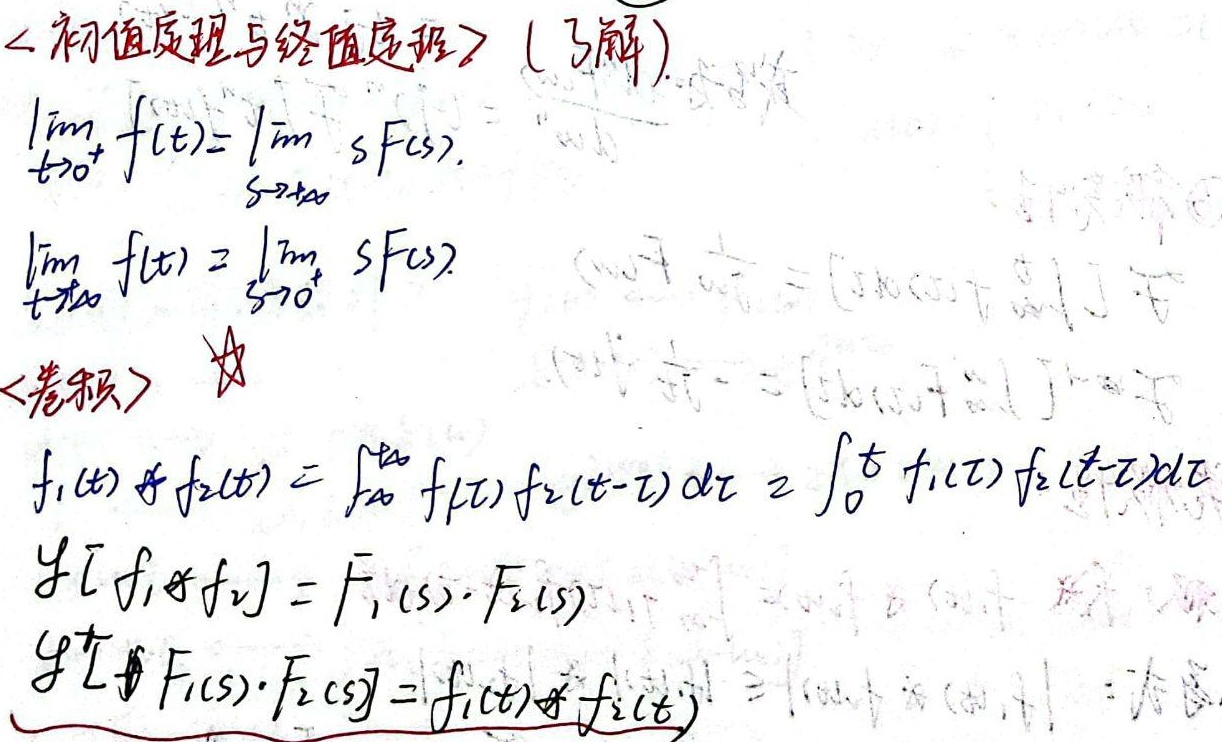
<初值定理与终值定理>（了解）。

\(\lim_{t\rightarrow0^{+}}f(t)=\lim_{s\rightarrow\infty}sF(s)\)

\(\lim_{t\rightarrow\infty}f(t)=\lim_{s\rightarrow0^{+}}sF(s)\)

<卷积> ★

\(f_{1}(t)*f_{2}(t)=\int_{-\infty}^{\infty}f_{1}(\tau)f_{2}(t - \tau)d\tau=\int_{0}^{t}f_{1}(\tau)f_{2}(t - \tau)d\tau\)

\(\mathcal{L}[f_{1}*f_{2}]=F_{1}(s)\cdot F_{2}(s)\)

\(\mathcal{L}^{-1}[F_{1}(s)\cdot F_{2}(s)]=f_{1}(t)*f_{2}(t)\)